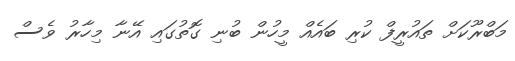
މަބްރޫކަށް ތައުރީފް ކުރި ބައެއް މީހުން ބުނި ގޮތުގައި އޭނާ މިހާރު ވެސް